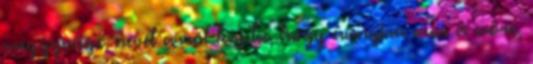
meggyvágó nevét arról kapta, hogy annyira erős a csőre,